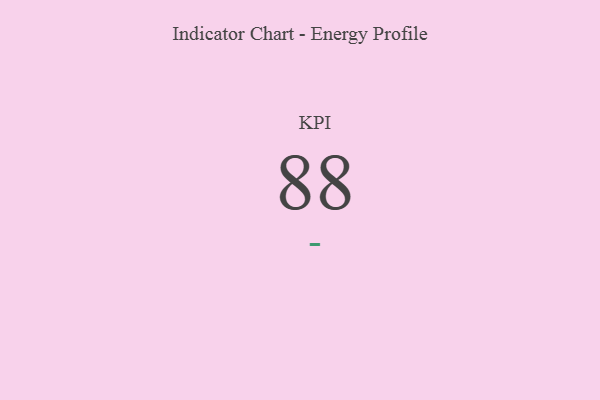
{"axis": {"x": "KPI", "y": "Value"}, "legend": [""], "data": [{"x": "KPI", "y": 88, "type": ""}]}